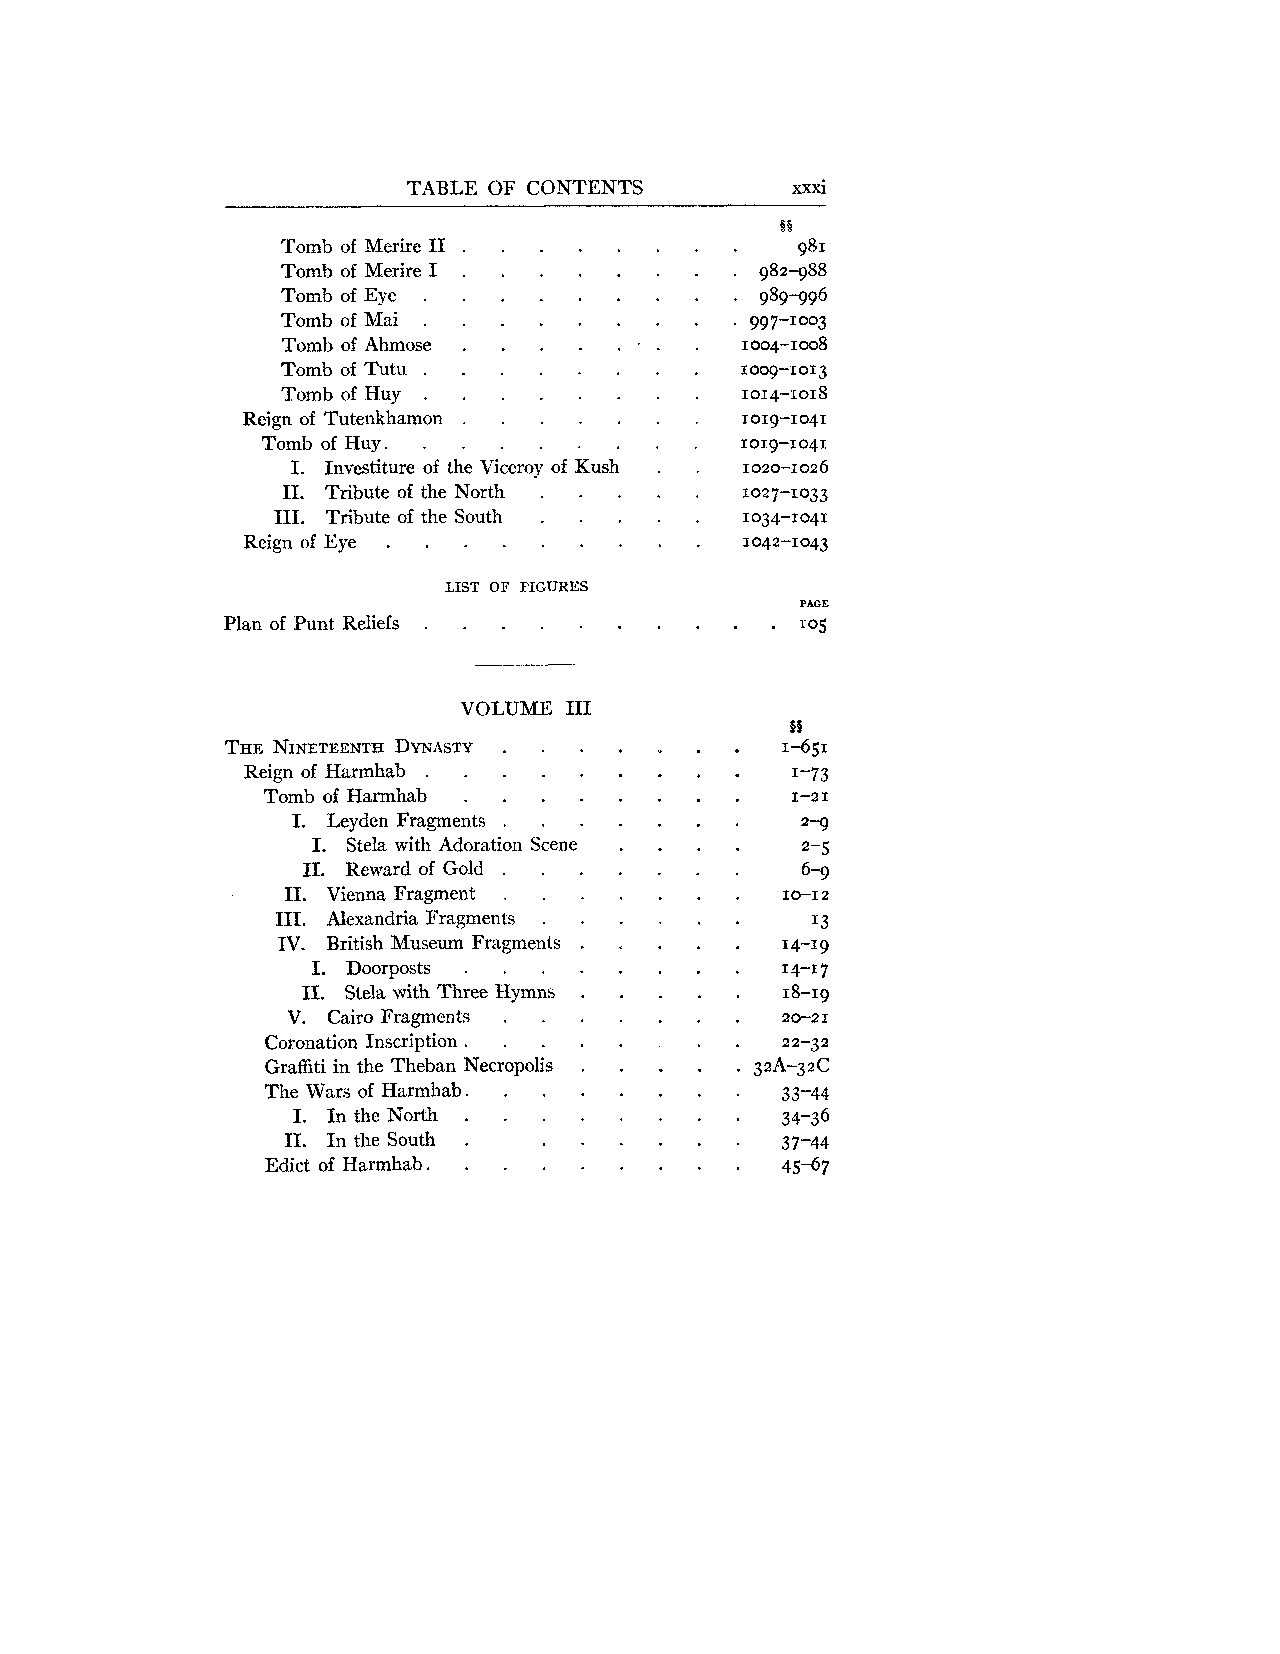
TABLE OF CONTENTS
 Tomb of Merire I1 . . . . .
 . .  . .  .
 Tomb of Merire I
 Tomb of Eye . . . . . .
 Tomb of Mai . . . . . .
 Tomb of Ahmose . . .   .
 Tombof Tutu . . . . . .
 Tombof Huy . . . . .  .
 Reign of Tutenkhamon . . . . .
 Tomb of Huy . . . . . . .
 .
 I Investiture of the Viceroy of Kush
 I1. Tribute of the North . . .
 I11 . Tribute of the South . . .
 Reign of Eye . . . . . . .
 LIST OF FIGURES
 PAGE
 . . 1 0 5
 VOLUME I11
 THEN INETEENTDHY NASTY . . .
 Reign of Harmhab . . . . .
 . .  .  .
 Tomb of Harmhab
 I. Leyden Fragments . . .
 .
 I Stela with Adoration Scene
 I1. Reward of Gold . . .
 I1 . Vienna Fragment . . .
 I11 . Alexandria Fragments . .
 .                 .
 IV  British Museum Fragments
 I . Doorposts . . . .
 .
 I1 Stela with Three Hymns .
 V. Cairo Fragments . . .
 Coronation Inscription . . . .
 .
 Graffiti in the Theban Necropolis
 . .  .  .
 The Wars of Harmhab
 .          . .  .  .
 I  In the North
 I1. In the South . . .
 Edict of Harmhab . . . . .